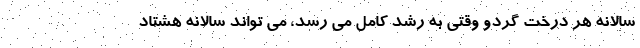
سالانه هر درخت گردو وقتی به رشد کامل می رسد، می تواند سالانه هشتاد